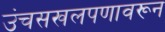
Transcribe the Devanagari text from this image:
उंचसखलपणावरून